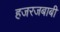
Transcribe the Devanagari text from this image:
हजरजबाबी